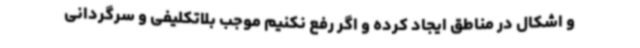
و اشکال در مناطق ایجاد کرده و اگر رفع نکنیم موجب بلاتکلیفی و سرگردانی